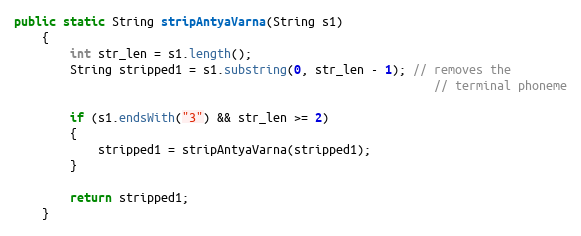
Language: Java
public static String stripAntyaVarna(String s1)
    {
        int str_len = s1.length();
        String stripped1 = s1.substring(0, str_len - 1); // removes the
                                                            // terminal phoneme

        if (s1.endsWith("3") && str_len >= 2)
        {
            stripped1 = stripAntyaVarna(stripped1);
        }

        return stripped1;
    }